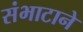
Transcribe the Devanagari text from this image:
संभाटाने